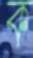
ক